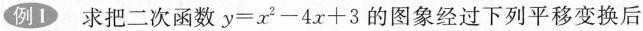
例求 把二次函数$$y = x^{2} - 4 x + 3$$的图象经过下列平移变换后